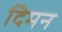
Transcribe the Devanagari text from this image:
दिमन